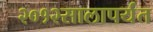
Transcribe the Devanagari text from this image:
२०१२सालापर्यंत